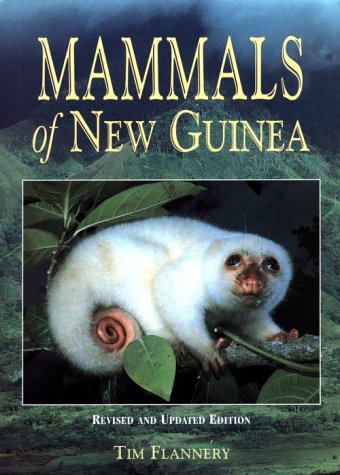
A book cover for Mammals of New Guinea; Tim F. Flannery; History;